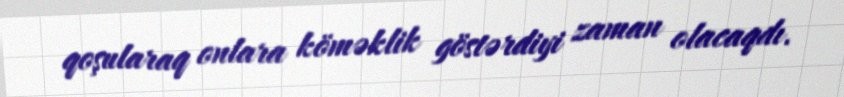
qoşularaq onlara köməklik göstərdiyi zaman olacaqdı.